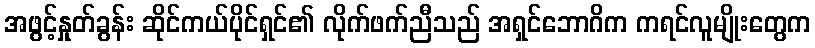
အဖွင့်နှုတ်ခွန်း ဆိုင်ကယ်ပိုင်ရှင်၏ လိုက်ဖက်ညီသည် အရှင်ဘောဂိက ကရင်လူမျိုးတွေက